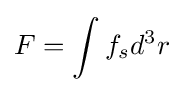
F=\int f_{s}d^{3}r